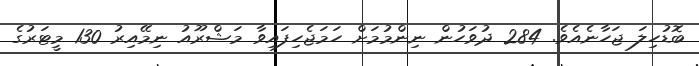
ބޮޑުހިލަ ޖަހާނެއެވެ. 284 ދުވަހުން ނިންމުމަށް ހަމަޖެހިފައިވާ މަޝްރޫއު ނިމޭއިރު 130 މީޓަރުގެ